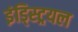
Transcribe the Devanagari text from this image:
इंड्स्ट्रियल